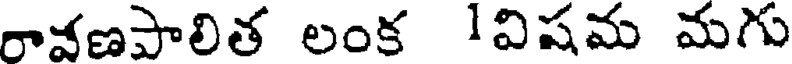
రావణపాలిత లంక 1విషమ మగు